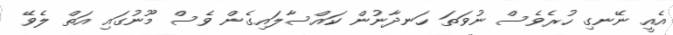
އެއީ ނޭނގި ހުރެވެސް ނުވަތަ ހަނދާނުން ކައްސާލައިގެން ވެސް މޫނުގައި އަތް ލެވޭ